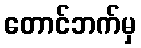
တောင်ဘက်မှ